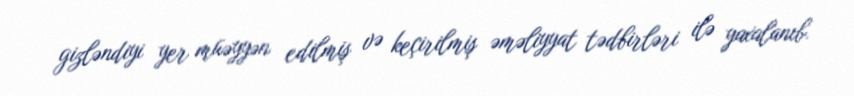
gizləndiyi yer müəyyən edilmiş və keçirilmiş əməliyyat tədbirləri ilə yaxalanıb.